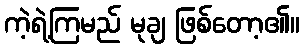
ကဲ့ရဲ့ကြမည် မုချ ဖြစ်တော့၏။